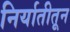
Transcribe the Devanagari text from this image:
निर्यातीतून